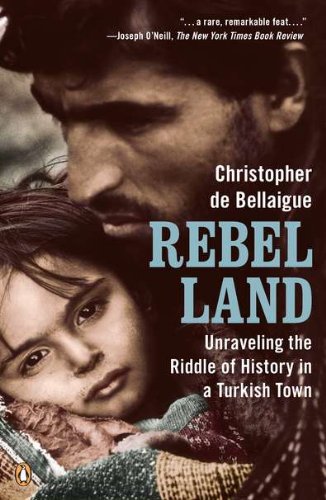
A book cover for Rebel Land: Unraveling the Riddle of History in a Turkish Town; Christopher de Bellaigue; Travel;